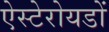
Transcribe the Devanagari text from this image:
ऐस्टेरोयडों